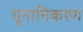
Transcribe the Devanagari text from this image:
यूनानिकरण